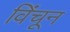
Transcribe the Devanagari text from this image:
विंचून